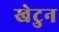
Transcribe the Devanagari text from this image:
खेटुन